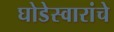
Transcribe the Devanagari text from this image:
घोडेस्वारांचे